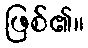
ဖြစ်၏။